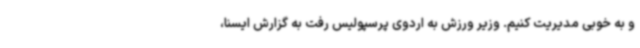
و به خوبی مدیریت کنیم. وزیر ورزش به اردوی پرسپولیس رفت به گزارش ایسنا،